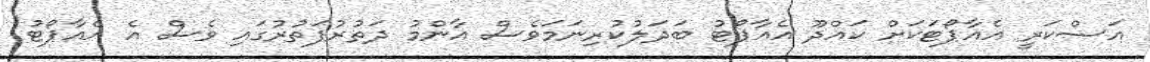
އަސްކަރީ އެއާޕޯޓަކަށް ކައްދޫ އެއާޕޯޓު ބަދަލުކުރިނަމަވެސް އާންމު ދަތުރުފަތުރުގައި ވެސް އެ އެއާޕޯޓު